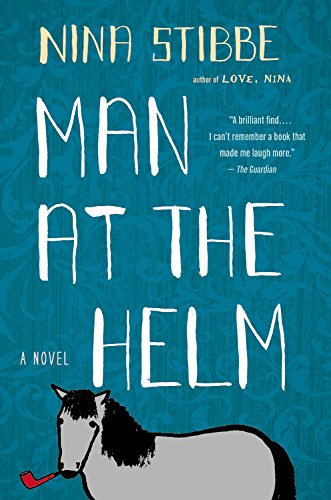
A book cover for Man at the Helm: A Novel; Nina Stibbe; Literature & Fiction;